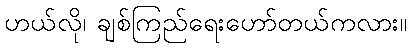
ဟယ်လို၊ ချစ်ကြည်ရေးဟော်တယ်ကလား။